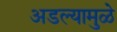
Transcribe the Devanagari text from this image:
अडल्यामुळे